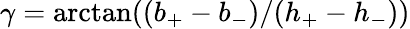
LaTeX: \gamma=\textrm{arctan}((b_{+}-b_{-})/(h_{+}-h_{-}))